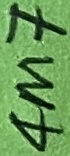
Text: 4M7